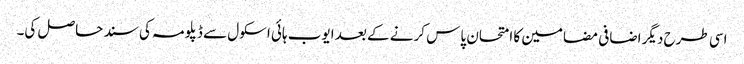
اسی طرح دیگر اضافی مضامین کا امتحان پاس کرنے کے بعد ایوب ہائی اسکول سے ڈپلومہ کی سند حاصل کی۔